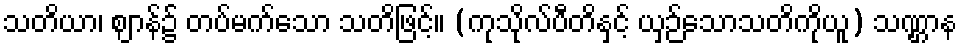
သတိယာ၊ ဈာန်၌ တပ်မက်သော သတိဖြင့်။ (ကုသိုလ်ပီတိနှင့် ယှဉ်သောသတိကိုယူ) သဏ္ဌာန